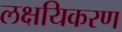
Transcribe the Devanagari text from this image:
लक्षयिकरण